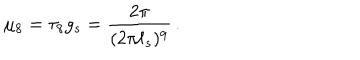
\mu _ { 8 } = \tau _ { 8 } g _ { s } = \frac { 2 \pi } { ( 2 \pi \ell _ { s } ) ^ { 9 } } \, .